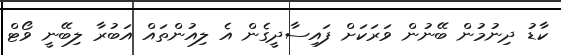
ކާޑު ދިނުމުން ބޭނުން ވަރަކަށް ފައިސާދީގެން އެ ލިއުންތައް އަބުރާ ލިބޭނީ ވޯޓް